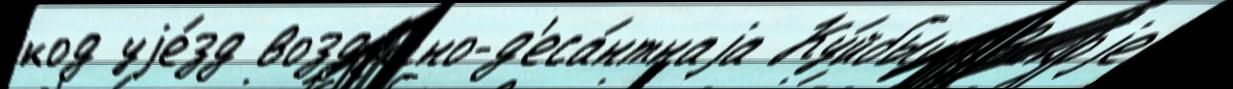
код уjе́зд возду́шно-д'еса́нтнаjа Ку́йбышевскоjе